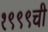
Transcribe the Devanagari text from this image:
१९९९ची